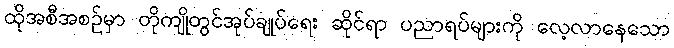
ထိုအစီအစဉ်မှာ တိုကျိုတွင်အုပ်ချုပ်ရေး ဆိုင်ရာ ပညာရပ်များကို လေ့လာနေသော